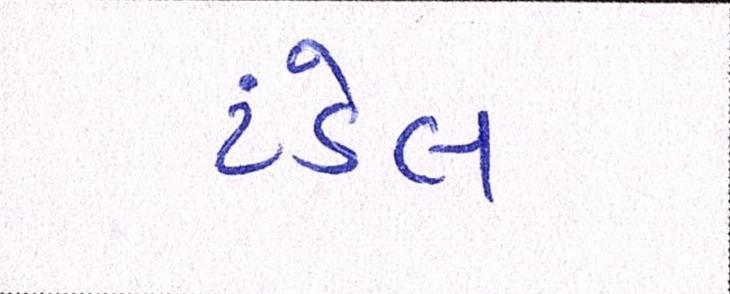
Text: ટંડેલ